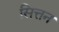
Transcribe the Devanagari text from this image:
सित्तन